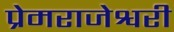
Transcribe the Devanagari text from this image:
प्रेमराजेश्वरी